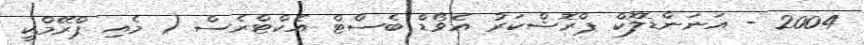
2004 - އަނަންޑޮލޮކް ޕްރޮޝްކަރު އެވޯޑް ބެސްޓް އެކްޓްރެސް ( މެއި ޕްރޭމްކީ